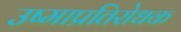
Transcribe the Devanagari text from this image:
उष्माप्रतिरोधक